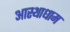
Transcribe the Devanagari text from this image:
आस्थाधाम